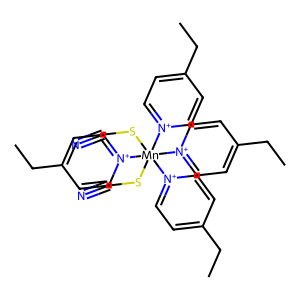
SMILES: CCc1cc[n+]([Mn](SC#N)(SC#N)([n+]2ccc(CC)cc2)([n+]2ccc(CC)cc2)[n+]2ccc(CC)cc2)cc1
Inhibits HIV replication: No